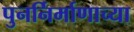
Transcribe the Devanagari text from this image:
पुनर्निर्माणाच्या